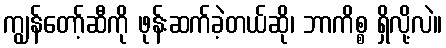
ကျွန်တော့်ဆီကို ဖုန်းဆက်ခဲ့တယ်ဆို၊ ဘာကိစ္စ ရှိလို့လဲ။